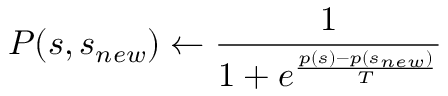
P ( s , s _ { n e w } ) \leftarrow \frac { 1 } { 1 + e ^ { \frac { p ( s ) - p ( s _ { n e w } ) } { T } } }